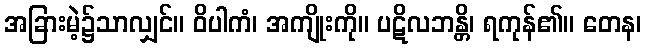
အခြားမဲ့၌သာလျှင်။ ဝိပါကံ၊ အကျိုးကို။ ပဋိလဘန္တိ၊ ရကုန်၏။ တေန၊